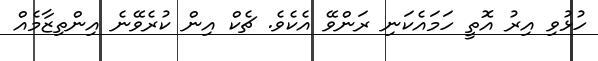
ހުޅުވި އިރު އޮތީ ހަމައެކަނި ރަންވޭ އެކެވެ. ޗެކް އިން ކުރެވޭނެ އިންތިޒާމެއް